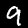
Digit: 9